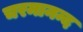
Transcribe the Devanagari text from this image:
चरमानन्द